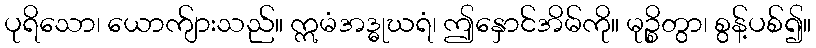
ပုရိသော၊ ယောက်ျားသည်။ ဣမံအဒ္ဓုဃရံ၊ ဤနှောင်အိမ်ကို။ မုဉ္စိတွာ၊ စွန့်ပစ်၍။